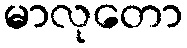
မာလုတော